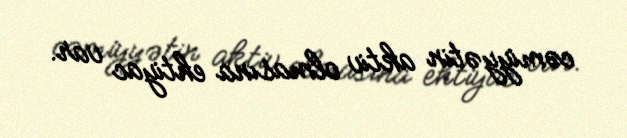
cəmiyyətin aktiv olmasına ehtiyac var.